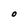
Character: O